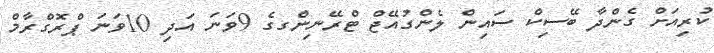
ކުރިއަށް ގެންދާ ބޭސިކް ސައިން ލެންގުއޭޖް ޓްރޭނިންގގެ 9ވަނަ އަދި 10ވަނަ ޕްރޮގްރާމް